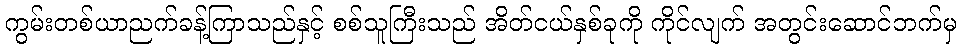
ကွမ်းတစ်ယာညက်ခန့်ကြာသည်နှင့် စစ်သူကြီးသည် အိတ်ငယ်နှစ်ခုကို ကိုင်လျက် အတွင်းဆောင်ဘက်မှ